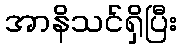
အာနိသင်ရှိပြီး